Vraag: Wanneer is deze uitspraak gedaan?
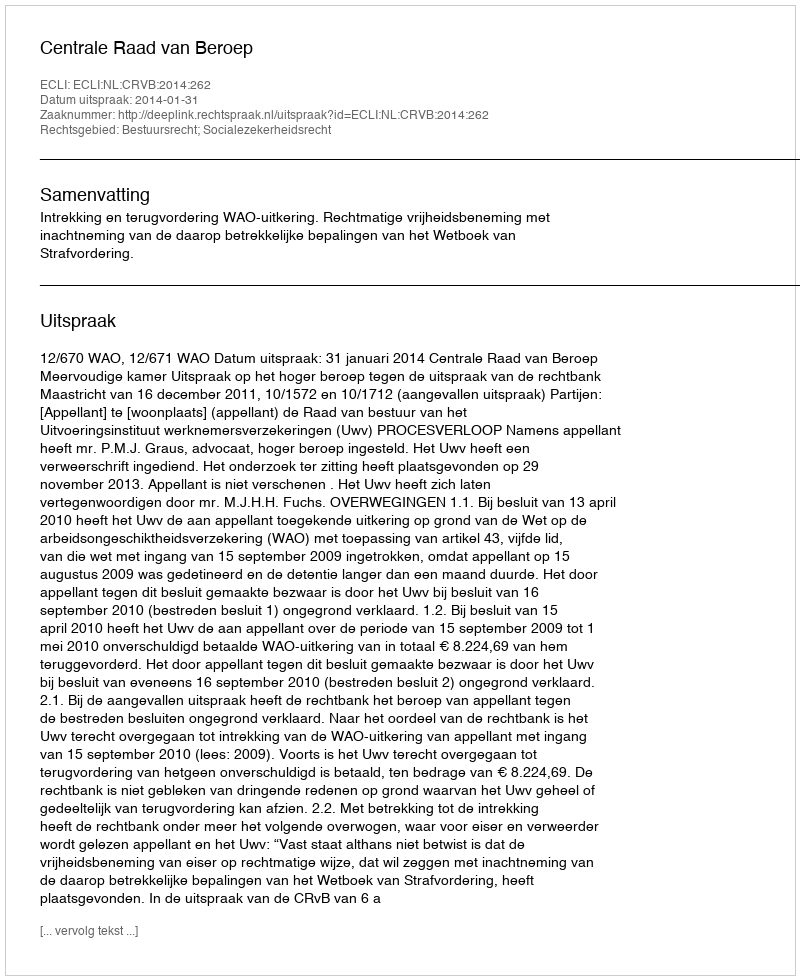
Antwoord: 2014-01-31